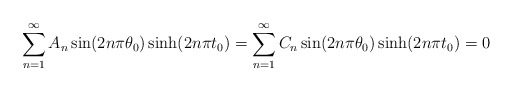
\begin{align*}\begin{aligned}\sum_{n=1}^{\infty}A_n \sin(2n\pi\theta_0)\sinh(2n\pi t_0)=\sum_{n=1}^{\infty}C_n \sin(2n\pi\theta_0)\sinh(2n\pi t_0)=0\end{aligned}\end{align*}